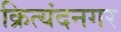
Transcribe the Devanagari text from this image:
क्रित्यंदनगर